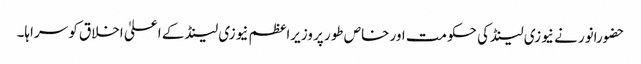
حضورانور نے نیوزی لینڈکی حکومت اور خاص طور پر وزیراعظم نیوزی لینڈ کے اعلیٰ اخلاق کو سراہا۔